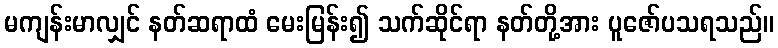
မကျန်းမာလျှင် နတ်ဆရာထံ မေးမြန်း၍ သက်ဆိုင်ရာ နတ်တို့အား ပူဇော်ပသရသည်။